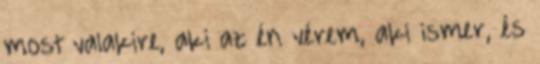
most valakire, aki az én vérem, aki ismer, és